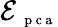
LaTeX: \mathcal E_{\mathrm{~\scriptsize~p~c~a~}}